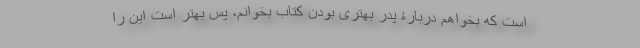
است که بخواهم دربارۀ پدر بهتری بودن کتاب بخوانم، پس بهتر است این را